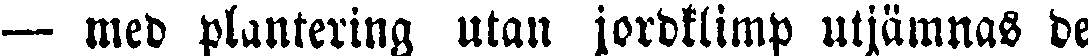
— med plantering utan jordklimp utjämnas de